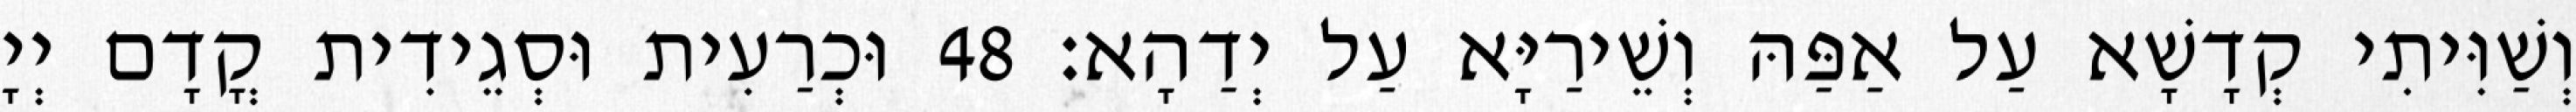
וְשַׁוִּיתִי קְדָשָׁא עַל אַפַּהּ וְשֵׁירַיָּא עַל יְדַהָא׃ 48 וּכְרַעִית וּסְגֵידִית קֳדָם יְיָ